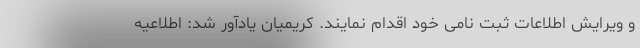
و ویرایش اطلاعات ثبت نامی خود اقدام نمایند. کریمیان یادآور شد: اطلاعیه